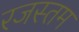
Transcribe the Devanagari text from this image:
रजस्तम